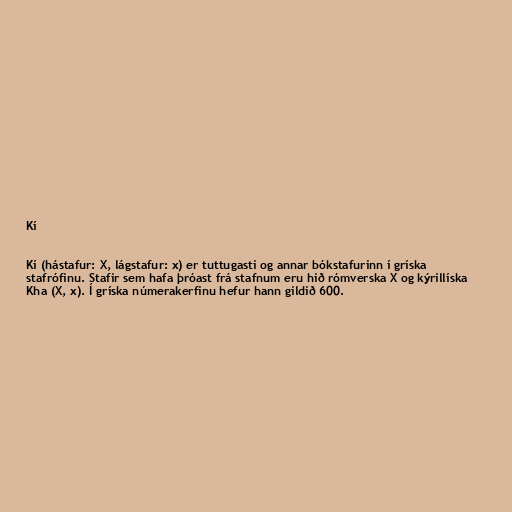
Kí

Kí (hástafur: Χ, lágstafur: χ) er tuttugasti og annar bókstafurinn í gríska
stafrófinu. Stafir sem hafa þróast frá stafnum eru hið rómverska X og kýrillíska
Kha (Х, х). Í gríska númerakerfinu hefur hann gildið 600.